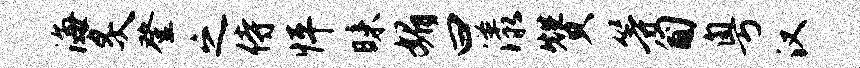
海炙登之侍怦昧媚曰漾赞等匍粤汉